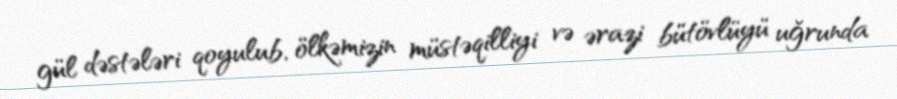
gül dəstələri qoyulub, ölkəmizin müstəqilliyi və ərazi bütövlüyü uğrunda